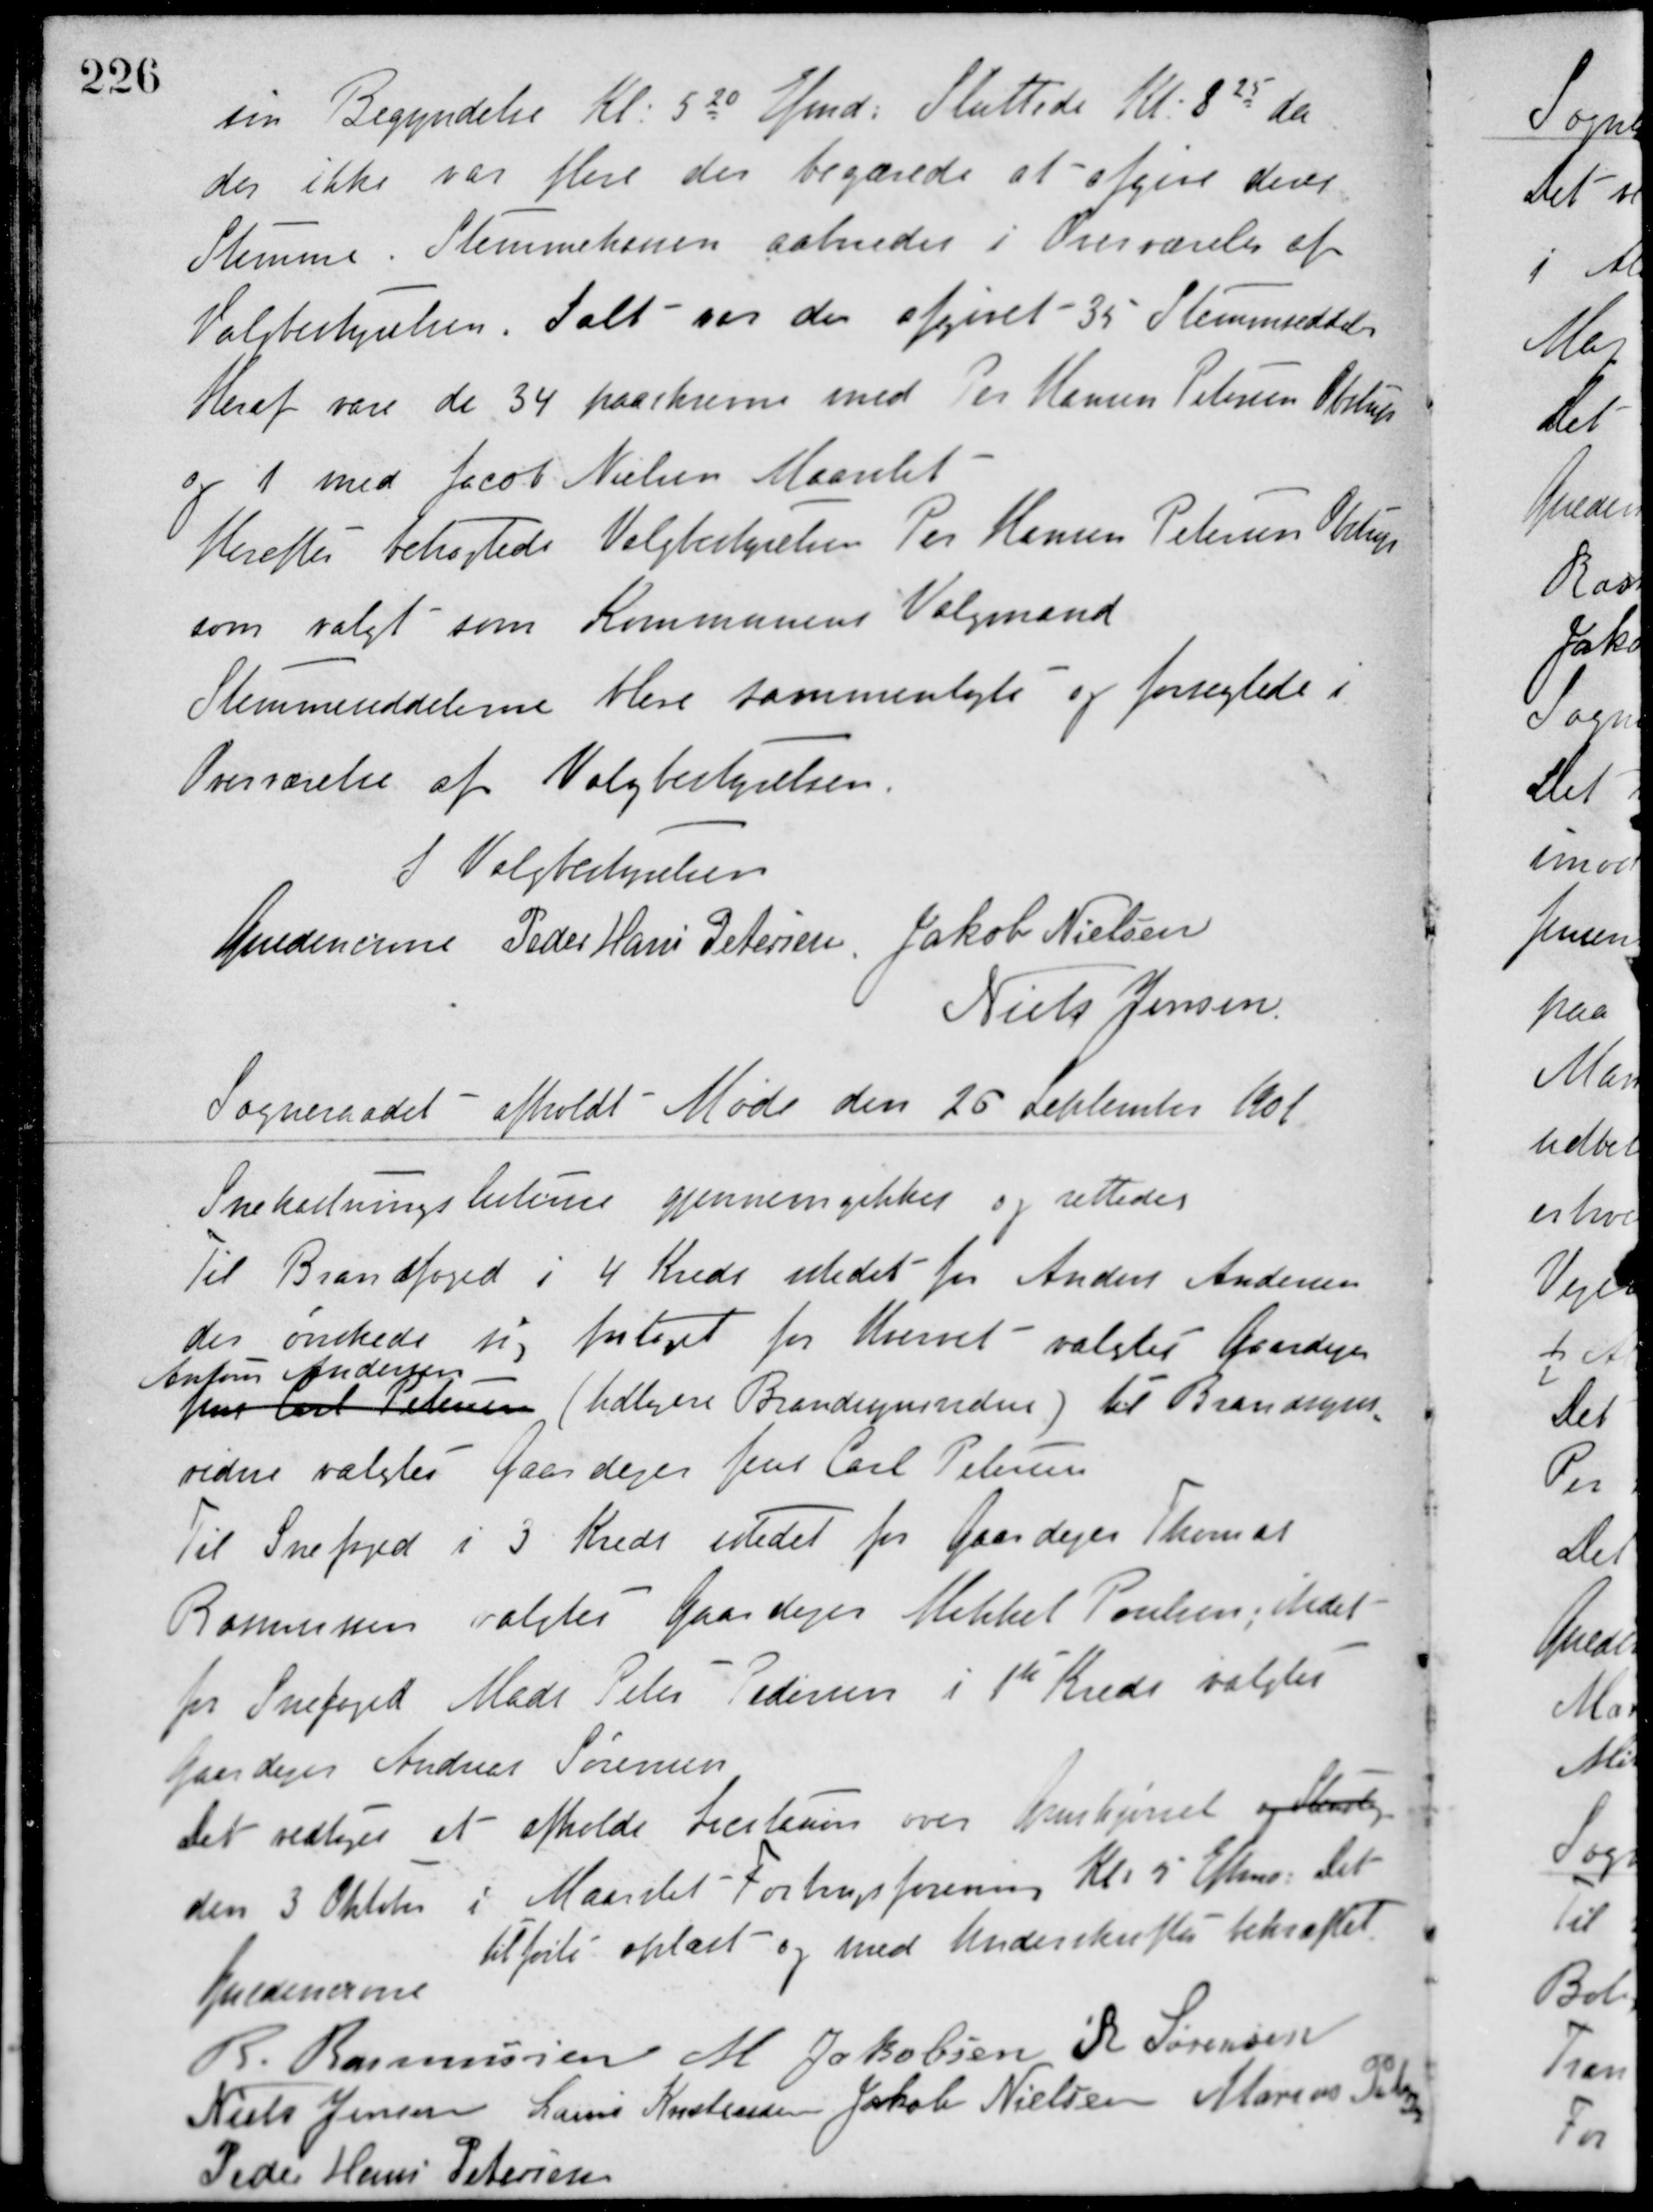
Transskription:
sin Begyndelse Kl. 520 Efmd. Sluttede Kl. 825 da
der ikke var flere der begærede at afgive deres
Stemme. Stemmekassen aabnedes i Overværelse af
Valgbestyrelsen. Ialt var der afgivet 35 Stemmeseddel.
Heraf vare de 34 paaskrevne med Per Hansen Petersen Obstrup
og 1 med Jacob Nielsen Maarslet.
Herefter betragtede Valgbestyrelsen Per Hansen Petersen Obstrup
som valgt som Kommunens Valgmand.
Stemmeseddelerne bleve sammenlagte og forseglede i
Overværelse af Valgbestyrelsen.
I Valgbestyrelsen
Guldencrone Peder Hans Petersen Jakob Nielsen
Niels Jensen
Sogneraadet afholdt Møde den 25 September 1901
Snekastningslisterne gjennemgikkes og rettedes.
Til Brandfoged i 4 Kreds istedet for Anders Andersen
der ønskede sig fritaget for Hvervet valgtes Gaardejer
Anton Andersen
Jens Carl Petersen (tidligere Brandsynindne) til Brandsyns-
vidne valgtes Gaardejer Jens Carl Petersen.
Til Snefoged i 3 Kreds istedet for Gaardejer Thomas
Rasmussen valgtes Gaardejer Mikkel Poulsen, istedet
for Snefoged Mads Peter Pedersen i 1ste Kreds valgtes
Gaardejer Andreas Sørensen.
Det vedtoges at afholde Licitesion over Grushjørnet og Skat
den 3 Oktober i Maarslet Forbrugsforening Kl. 5 Eftem. Det
tilførte oplæst og med Underskrifter bekræftet.
Guldencrone
R. Rasmussen M. Jakobsen R. Sørensen
Niels Jensen Laurs Kristensen Jakob Nielsen Marius Petersen
Peder Hans Petersen